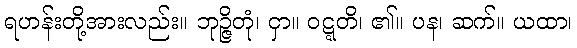
ရဟန်းတို့အားလည်း။ ဘုဉ္ဇိတုံ၊ ငှာ။ ဝဋ္ဋတိ၊ ၏။ ပန၊ ဆက်။ ယထာ၊